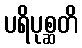
ပရိပုစ္ဆတိ